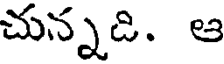
చున్నది. ఆ